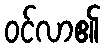
ဝင်လာ၏